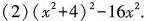
(2)(x^{2}+4)^{2}-16x^{2}.